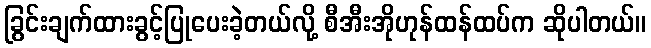
ခြွင်းချက်ထားခွင့်ပြုပေးခဲ့တယ်လို့ စီအီးအိုဟုန်ထန်ထပ်က ဆိုပါတယ်။